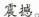
震撼。